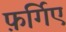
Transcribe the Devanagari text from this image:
फ़र्गिए